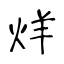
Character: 烊